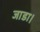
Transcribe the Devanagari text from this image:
जाडा।